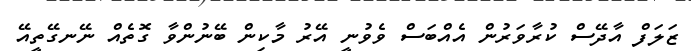
ޒަލަފް އާދޭސް ކުރާވަރުން އެއްބަސް ވެވުނީ އޭރު މާކިން ބޭނުންވާ ގޮތެއް ނޭނގޭތީއޭ